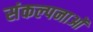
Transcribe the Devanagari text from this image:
संकल्‍पनाओं